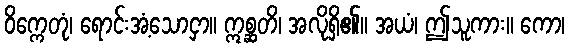
ဝိက္ကေတုံ၊ ရောင်းအံ့သောငှာ။ ဣစ္ဆတိ၊ အလိုရှိ၏။ အယံ၊ ဤသူကား။ ကော၊